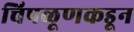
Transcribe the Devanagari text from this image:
चिपळूणकडून